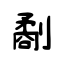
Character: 劀